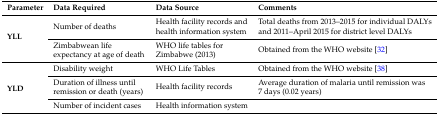
| Parameter | Data Required | Data Source | Comments |
 | --- | --- | --- | --- |
 | <ROWSPAN=2> YLL | Number of deaths | Health facility records and health information system | Total deaths from 2013–2015 for individual DALYs and 2011–April 2015 for district level DALYs |
 | Zimbabwean life expectancy at age of death | WHO life tables for Zimbabwe (2013) | Obtained from the WHO website [32] |
 | <ROWSPAN=3> YLD | Disability weight | WHO Life Tables | Obtained from the WHO website [38] |
 | Duration of illness until remission or death (years) | Health facility records | Average duration of malaria until remission was 7 days (0.02 years) |
 | Number of incident cases | Health information system |  |